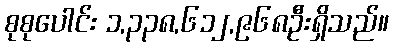
စုစုပေါင်း ၁,၃၃၈,၆၁၂,၉၆၈ဦးရှိသည်။